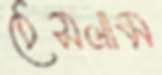
ঠেসলাম